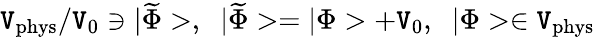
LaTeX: {\cal\mathtt{V}}_{\mathrm{{phys}}}/{\cal\mathtt{V}}_{0}\ni|\widetilde{{\Phi}}>,\; \; |\widetilde{{\Phi}}>=|\Phi>+{\cal\mathtt{V}}_{0},\; \; |\Phi>\in{\cal\mathtt{V}}_{\mathrm{{phys}}}